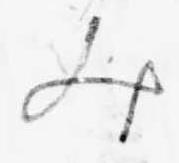
み